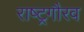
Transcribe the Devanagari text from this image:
राष्‍ट्रगौरव